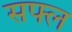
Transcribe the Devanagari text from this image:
सफ्ल